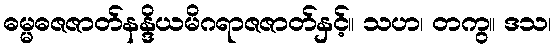
ဓမ္မဓဇဇာတ်နန္ဒိယမိဂရာဇဇာတ်နှင့်။ သဟ၊ တကွ။ ဒသ၊